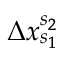
\Delta x _ { s _ { 1 } } ^ { s _ { 2 } }